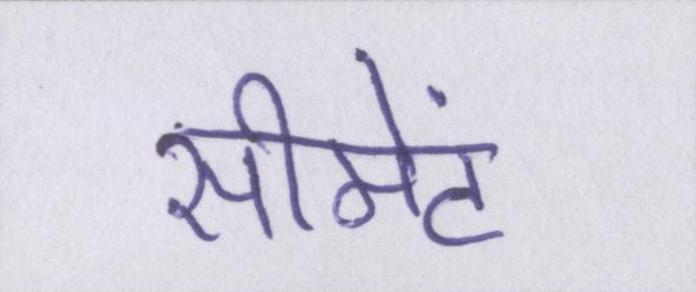
सीमेंट